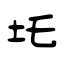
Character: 圫